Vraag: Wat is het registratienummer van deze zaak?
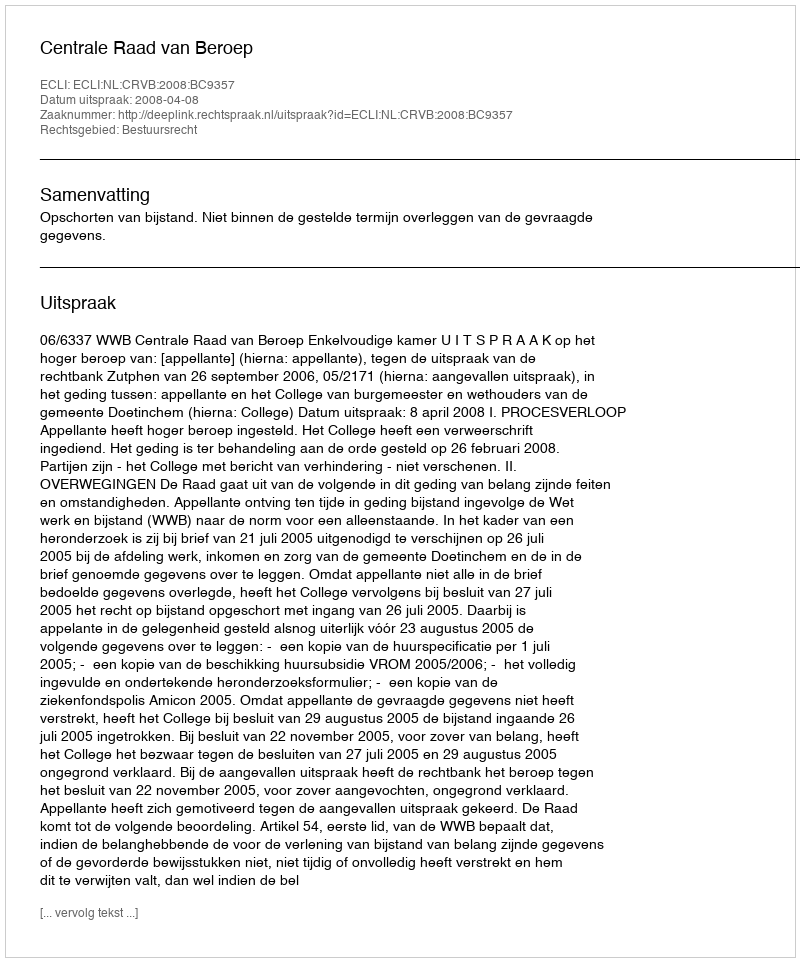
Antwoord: http://deeplink.rechtspraak.nl/uitspraak?id=ECLI:NL:CRVB:2008:BC9357